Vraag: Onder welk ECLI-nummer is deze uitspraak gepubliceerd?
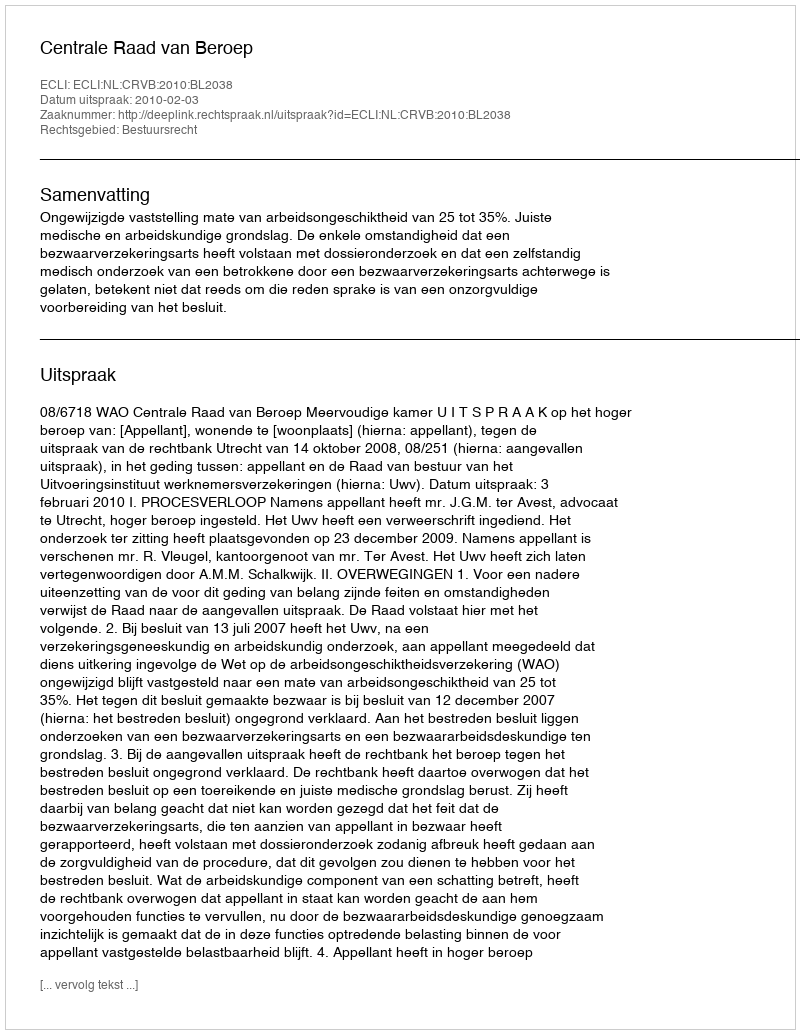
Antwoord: ECLI:NL:CRVB:2010:BL2038